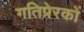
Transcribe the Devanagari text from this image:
गतिप्रेरकों